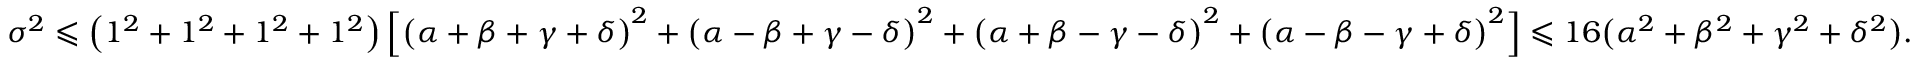
\sigma ^ { 2 } \leqslant \left( 1 ^ { 2 } + 1 ^ { 2 } + 1 ^ { 2 } + 1 ^ { 2 } \right) \Big [ \big ( \alpha + \beta + \gamma + \delta \big ) ^ { 2 } + \big ( \alpha - \beta + \gamma - \delta \big ) ^ { 2 } + \big ( \alpha + \beta - \gamma - \delta \big ) ^ { 2 } + \big ( \alpha - \beta - \gamma + \delta \big ) ^ { 2 } \Big ] \leqslant 1 6 \big ( \alpha ^ { 2 } + \beta ^ { 2 } + \gamma ^ { 2 } + \delta ^ { 2 } \big ) .